Civil Veterinary Department. United Provinces 1932-42 - 1932-1942
Year: 1932
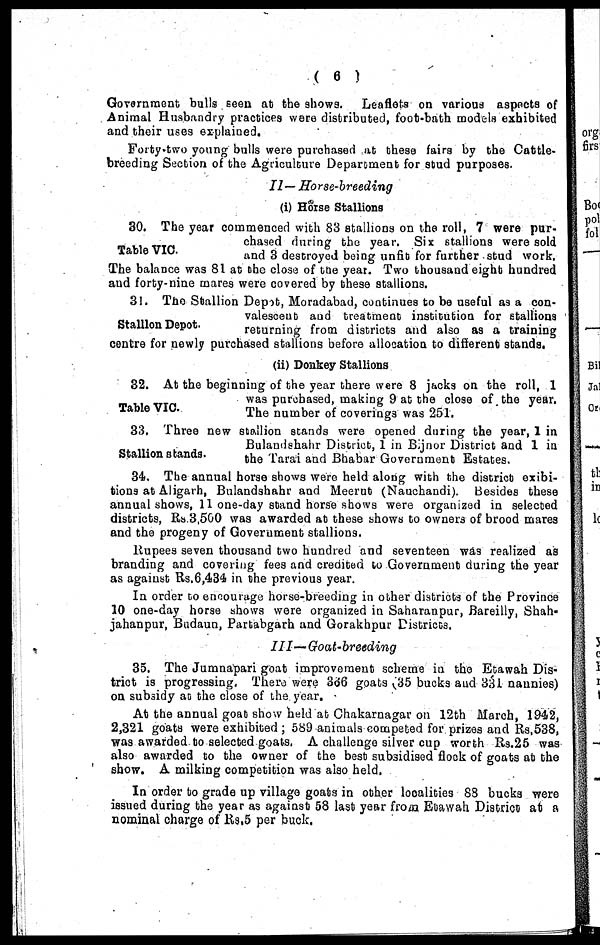
(6)
Government; bulls seen at the shows. Leaflets on various aspects of
Animal Husbandry practices were distributed, foot-bath models exhibited
and their uses explained.
Forty-two young bulls were purchased at these fairs by the Cattle-
breeding Section of the Agriculture Department for stud purposes.
II— Horse-breeding
(i) Horse Stallions
Table VIC.
30. The year commenced with 83 stallions on the roll, 7 were pur-
chased during the year. Six stallions were sold
and 3 destroyed being unfit for further stud work.
The balance was 81 at the close of the year. Two thousand eight hundred
and forty-nine mares were covered by these stallions.
Stallion Depot.
31. The Stallion Depot, Moradabad, continues to be useful as a con-
valescent and treatment institution for stallions
returning from districts and also as a training
centre for newly purchased stallions before allocation to different stands.
(ii) Donkey Stallions
Table VIC.
32. At the beginning of the year there were 8 jacks on the roll, 1
was purchased, making 9 at the close of the year.
The number of coverings was 251.
Stallion stands.
33. Three new stallion stands were opened during the year, 1 in
Bulandshahr District, 1 in Bijnor District and 1 in
the Tarai and Bhabar Government Estates.
34. The annual horse shows were held along with the district exibi-
tions at Aligarh, Bulandshahr and Meerut (Nauchandi). Besides these
annual shows, 11 one-day stand horse shows were organized in selected
districts, Rs.3,560 was awarded at these show to owners of brood mares
and the progeny of Government stallions.
Rupees seven thousand two hundred and seventeen was realized as
branding and covering fees and credited to Government during the year
as against Rs.6,434 in the previous year.
In order to encourage horse-breeding in other districts of the Province
10 one-day horse shows were organized in Saharanpur, Bareilly, Shah-
jahanpur, Budaun, Partabgarh and Gorakhpur Districts.
III—Goat-breeding
35. The Jumnapari goat improvement scheme in the Etawah Dis-
trict is progressing. There were 366 goats 35 bucks and 331 nannies)
on subsidy at the close of the year.
At the annual goat show held at Chakarnagar on 12th March, 1942,
2,321 goats were exhibited ; 589 animals competed for prizes and Rs,538,
was awarded to selected goats. A challenge silver cup worth Rs.25 was
also awarded to the owner of the best subsidised flock of goats at the
show. A milking competition was also held.
In order to grade up village goats in other localities 88 bucks were
issued during the year as against 58 last year from Etawah District at a
nominal charge of Rs.5 per buck.